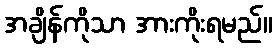
အချိန်ကိုသာ အားကိုးရမည်။